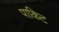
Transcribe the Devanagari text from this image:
पाकिट